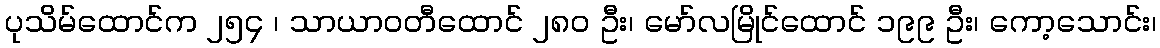
ပုသိမ်ထောင်က ၂၅၄ ၊ သာယာဝတီထောင် ၂၈၀ ဦး၊ မော်လမြိုင်ထောင် ၁၉၉ ဦး၊ ကော့သောင်း၊